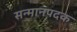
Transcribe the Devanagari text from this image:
सन्मानपदक